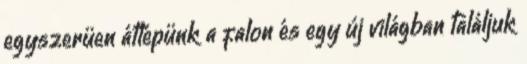
egyszerüen átlépünk a falon és egy új világban találjuk